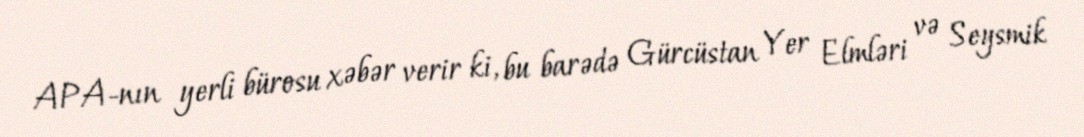
APA-nın yerli bürosu xəbər verir ki, bu barədə Gürcüstan Yer Elmləri və Seysmik